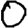
Digit: 0